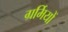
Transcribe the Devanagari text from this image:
ग्रर्मियों